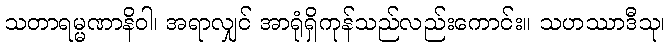
သတာရမ္မဏာနိဝါ၊ အရာလျှင် အာရုံရှိကုန်သည်လည်းကောင်း။ သဟဿာဒီသု၊